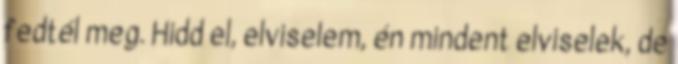
fedtél meg. Hidd el, elviselem, én mindent elviselek, de